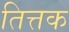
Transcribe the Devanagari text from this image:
तित्तक